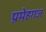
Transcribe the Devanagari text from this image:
प्रमेहगज